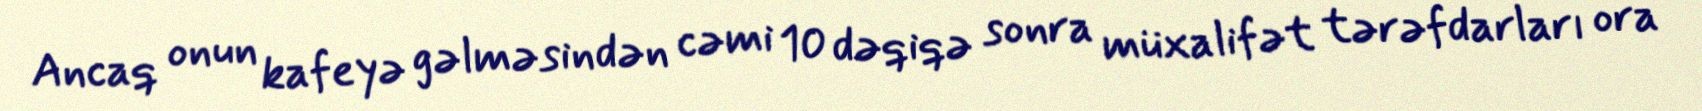
Ancaq onun kafeyə gəlməsindən cəmi 10 dəqiqə sonra müxalifət tərəfdarları ora